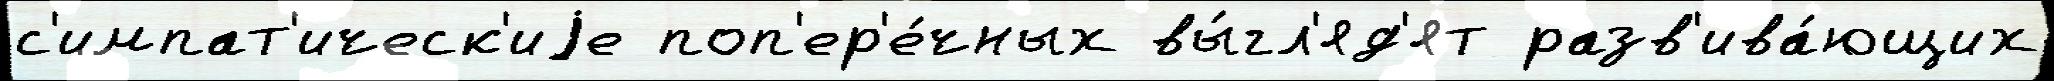
с'импат'ическ'иjе поп'ер'е́чных вы́гл'яд'ят разв'ива́ющих